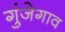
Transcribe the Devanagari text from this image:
गुंजेगाव